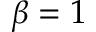
\beta = 1